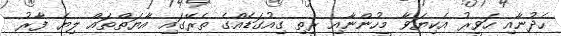
ހެދުނާއި ހަވީރު އެކިޔަވާ މީހުންނާއި ރީތި ގިއުގަޑެއްގެ ތެރޭގައި އާޔަތްތައް ލިޔެ ފާރު